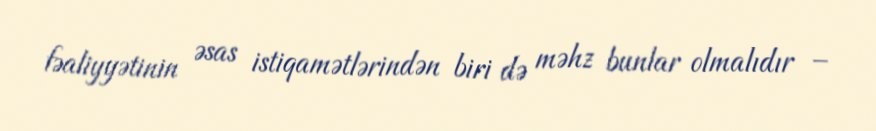
fəaliyyətinin əsas istiqamətlərindən biri də məhz bunlar olmalıdır –